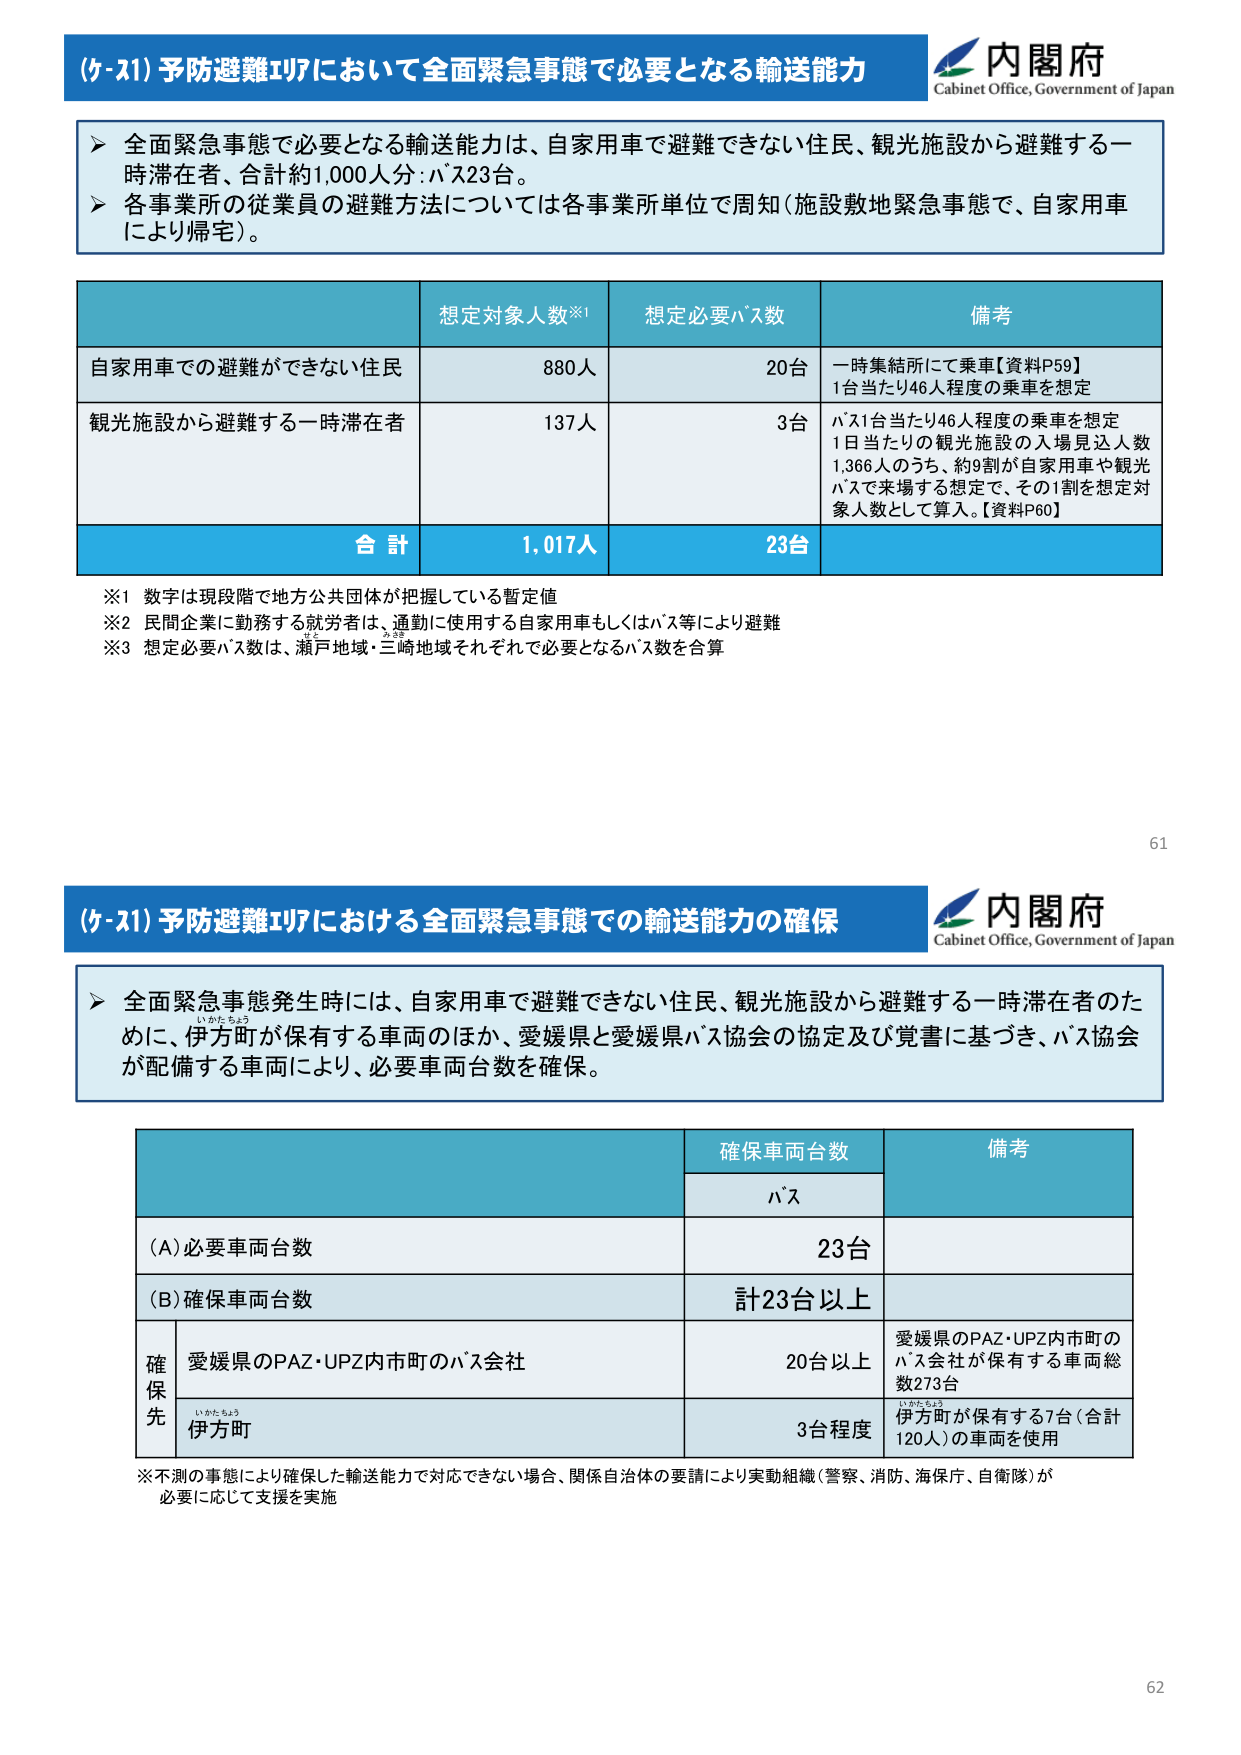
(ケ-21) 予防避難エリアにおいて全面緊急事態で必要となる輸送能力

内閣府
Cabinet Office, Government of Japan

▶ 全面緊急事態で必要となる輸送能力は、自家用車で避難できない住民、観光施設から避難する一時滞在者、合計約1,000人分：バス23台。
▶ 各事業所の従業員の避難方法については各事業所単位で周知（施設敷地緊急事態で、自家用車により帰宅）。

| | 想定対象人数※1 | 想定必要バス数 | 備考 |
|---|---|---|---|
| 自家用車での避難ができない住民 | 880人 | 20台 | 一時集結所にて乗車【資料P59】<br>1台当たり46人程度の乗車を想定 |
| 観光施設から避難する一時滞在者 | 137人 | 3台 | バス1台当たり46人程度の乗車を想定<br>1日当たりの観光施設の入場見込人数1,366人のうち、約9割が自家用車や観光バスで来場する想定で、その1割を想定対象人数として算入。【資料P60】 |
| **合計** | **1,017人** | **23台** | |

※1 数字は現段階で地方公共団体が把握している暫定値
※2 民間企業に勤務する就労者は、通勤に使用する自家用車もしくはバス等により避難
※3 想定必要バス数は、瀬戸地域・三崎地域それぞれで必要となるバス数を合算

61

(ケ-21) 予防避難エリアにおける全面緊急事態での輸送能力の確保

内閣府
Cabinet Office, Government of Japan

▶ 全面緊急事態発生時には、自家用車で避難できない住民、観光施設から避難する一時滞在者のために、伊方町が保有する車両のほか、愛媛県と愛媛県バス協会の協定及び覚書に基づき、バス協会が配備する車両により、必要車両台数を確保。

| | | 確保車両台数 | 備考 |
|---|---|---|---|
| | | バス | |
| | (A)必要車両台数 | | 23台 |
| | (B)確保車両台数 | | 計23台以上 |
| | 確保先 | 愛媛県のPAZ・UPZ内市町のバス会社 | 20台以上 | 愛媛県のPAZ・UPZ内市町のバス会社が保有する車両総数273台 |
| | | 伊方町 | 3台程度 | 伊方町が保有する7台（合計120人）の車両を使用 |

※不測の事態により確保した輸送能力で対応できない場合、関係自治体の要請により実動組織（警察、消防、海保庁、自衛隊）が必要に応じて支援を実施

62